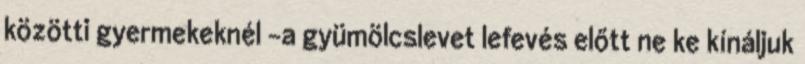
közötti gyermekeknél -a gyümölcslevet lefevés előtt ne ke kínáljuk